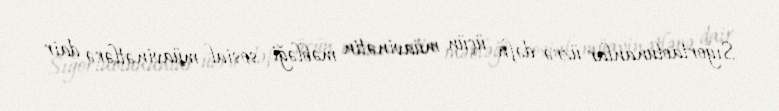
Sığortaolunanlar üzrə dəfn üçün müavinətin məbləği sosial müavinətlərə dair